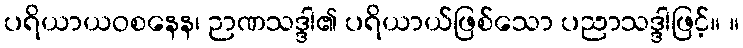
ပရိယာယဝစနေန၊ ဉာဏသဒ္ဒါ၏ ပရိယာယ်ဖြစ်သော ပညာသဒ္ဒါဖြင့်။ ။